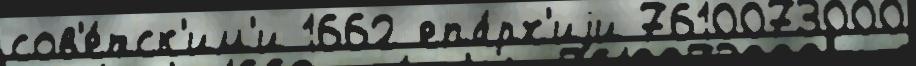
сов'е́тск'им'и 1662 епа́рх'иjи 7610073000